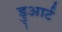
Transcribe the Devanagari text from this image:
डु्आर्ट